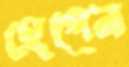
হেগেন